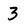
Character: 3